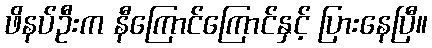
ဖိနပ်ဦးက နီကြောင်ကြောင်နှင့် ပြားနေပြီ။